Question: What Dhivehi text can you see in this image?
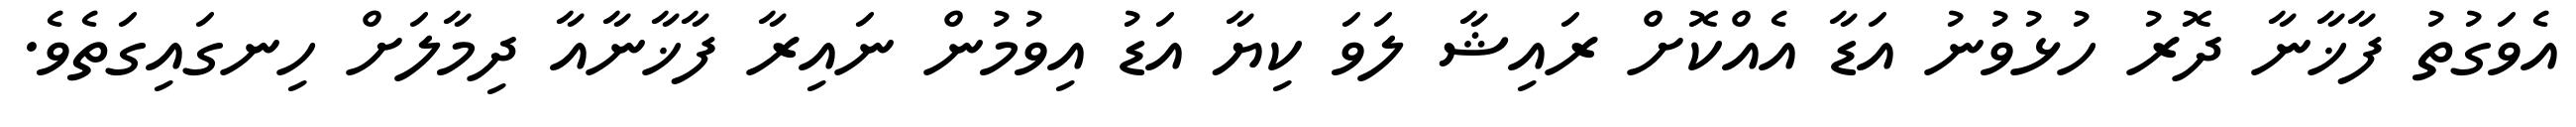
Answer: އެވަގުތު ފާޚާނާ ދޮރު ހުޅުވުނު އަޑާ އެއްކޮށް ރައިޝާ ލަވަ ކިޔާ އަޑު އިވުމުން ނައިރާ ފާޚާނާއާ ދިމާލަށް ހިނގައިގަތެވެ.